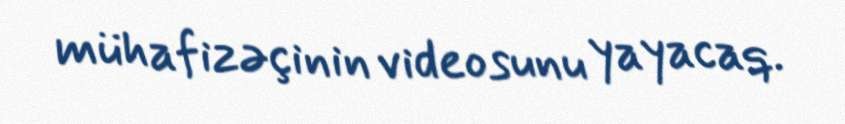
mühafizəçinin videosunu yayacaq.